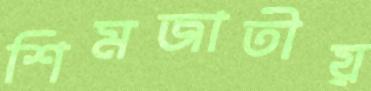
শিমজাতীয়